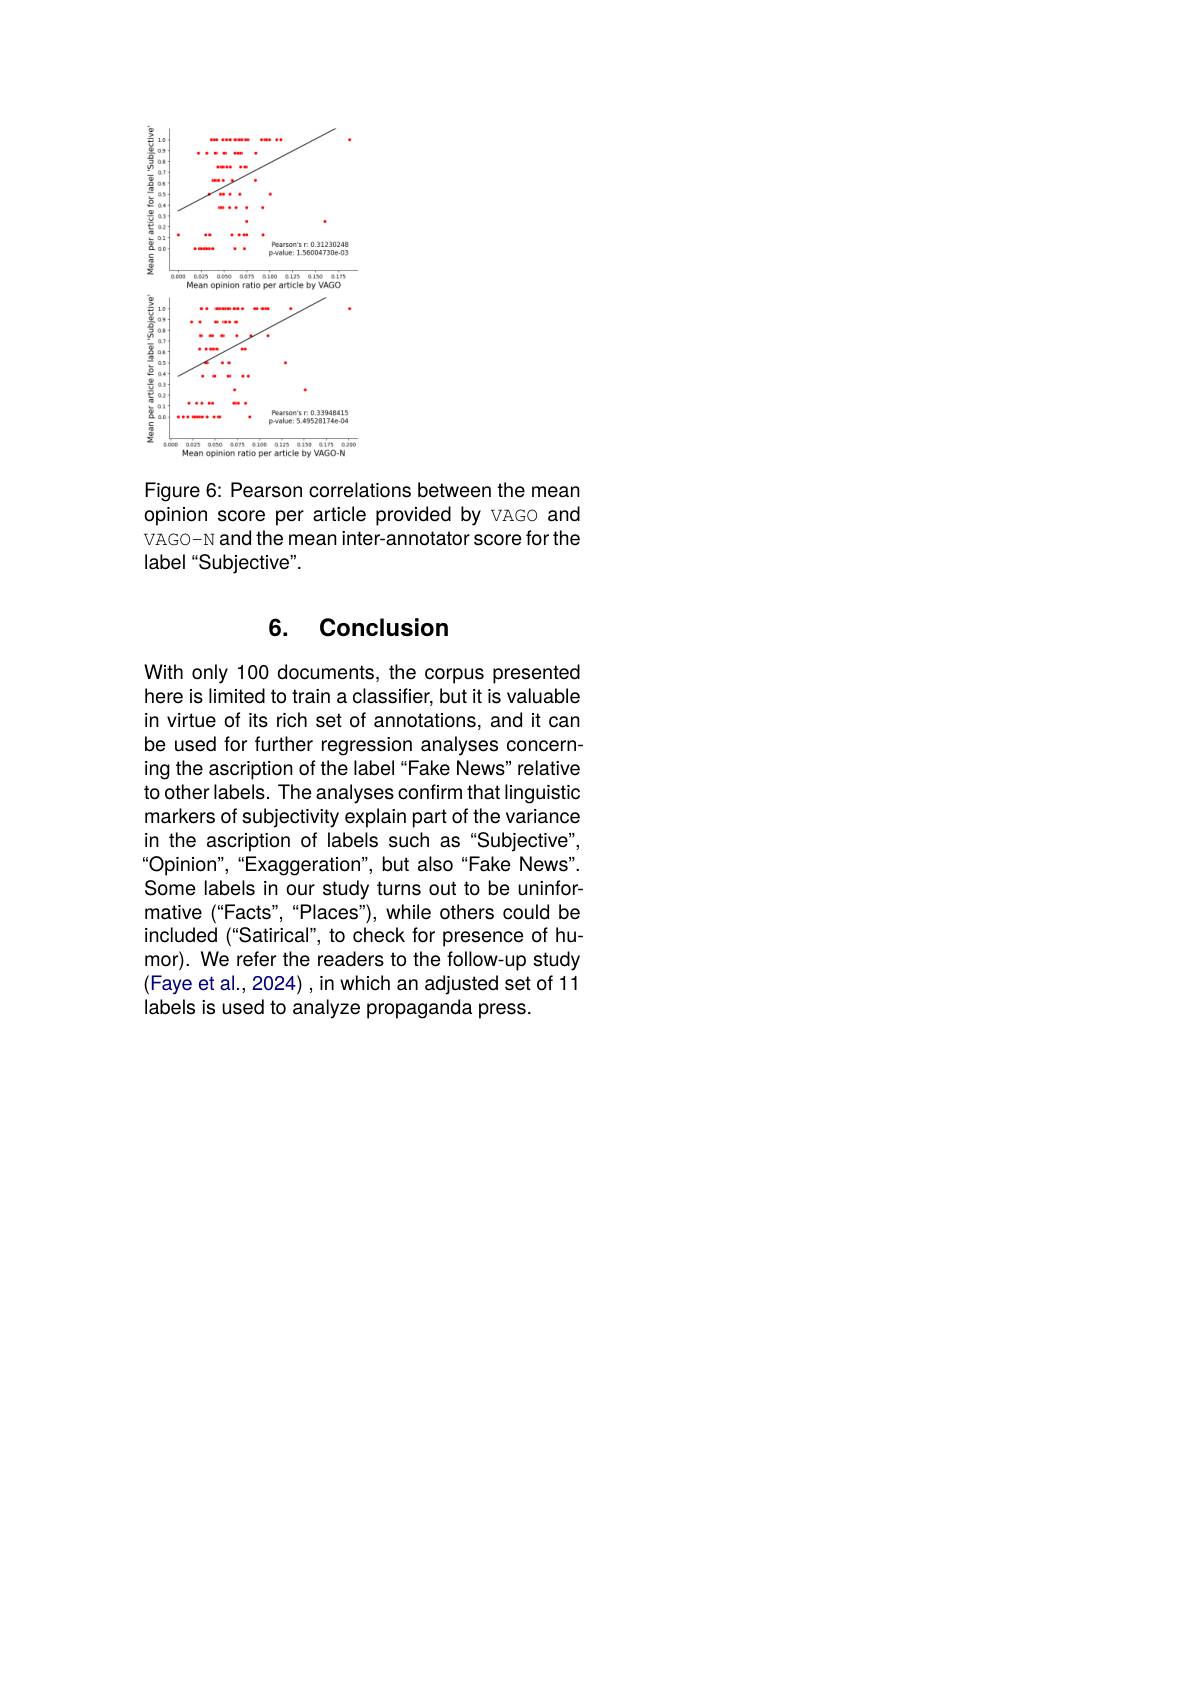
<FigureHere>

Figure 6: Pearson correlations between the mean opinion score per article provided by VAGO and VAGO-N and the mean inter-annotator score for the label“Subiective”.

## 6. Conclusion

With only 100 documents, the corpus presented here is limited to train a classifier, but it is valuable in virtue of its rich set of annotations, and it can be used for further regression analyses concerning the ascription of the label“Fake News" relative to other labels. The analyses confirm that linguistic markers of subjectivity explain part of the variance in the ascription of labels such as"Subjective" “ Opinion" , “ Exaggeration" , but also “ Fake News" . Some labels in our study turns out to be uninformative (“Facts”,“Places"),while others could be included (“Satirical”, to check for presence of humor). We refer the readers to the follow-up study (Faye et al., 2024), in which an adjusted set of 11 labels is used to analyze propaganda press.